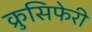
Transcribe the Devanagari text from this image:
क्रुसिफेरी